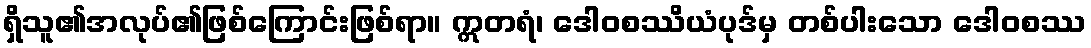
ရှိသူ၏အလုပ်၏ဖြစ်ကြောင်းဖြစ်ရာ။ ဣတရံ၊ ဒေါဝစဿိယံပုဒ်မှ တစ်ပါးသော ဒေါဝစဿ